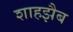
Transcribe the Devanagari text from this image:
शाहझैब